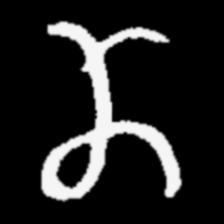
Pyu character \u2014 Myanmar letter: ဏ (romanized: nna)